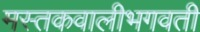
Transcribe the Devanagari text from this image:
मस्तकवालीभगवती